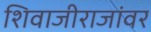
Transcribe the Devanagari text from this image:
शिवाजीराजांवर